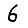
Digit: 6